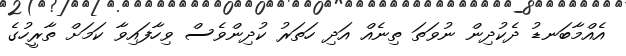
އެއްމާބަނޑު ދެކުދިން ނުވަތަ ތިނެއް އަދި ހަތަރު ކުދިންވެސް ވިހާފައިވާ ކަމަށް ތާރީހުގެ